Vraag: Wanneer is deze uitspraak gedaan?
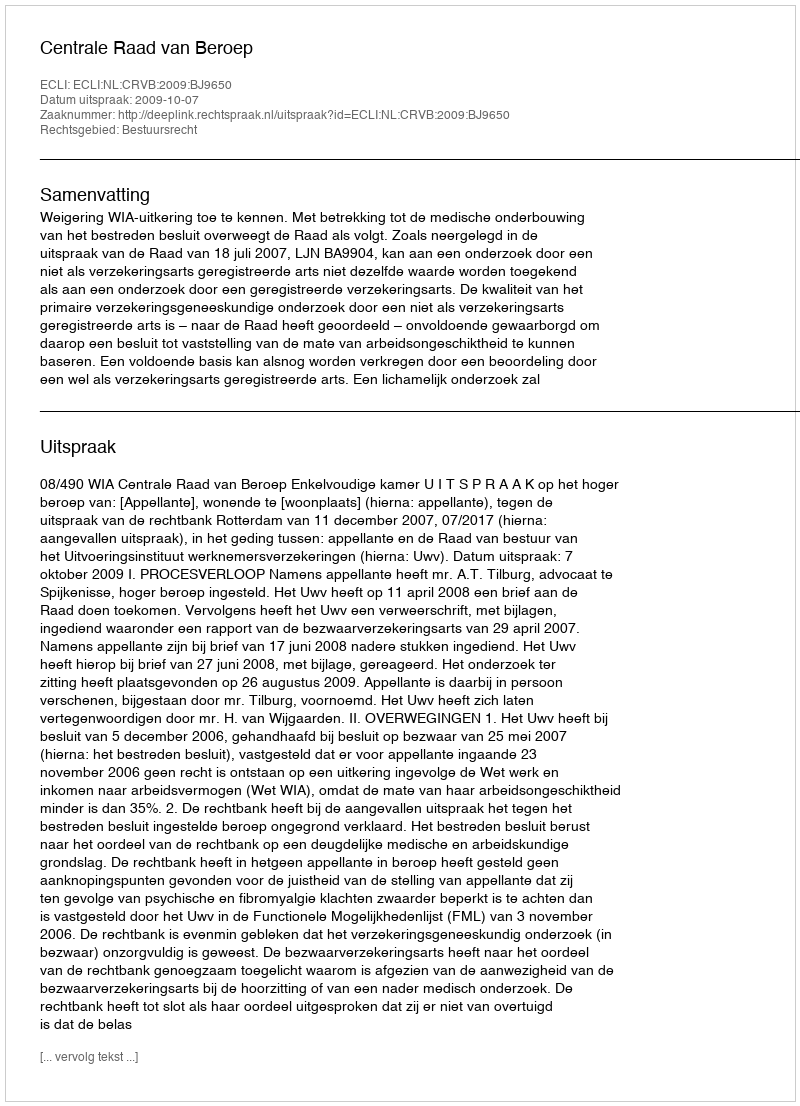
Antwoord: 2009-10-07